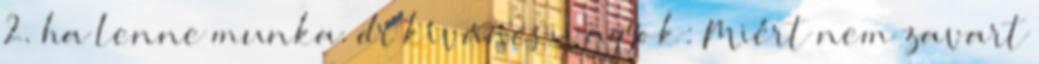
2. ha lenne munka. dr kíváncsivagyok: Miért nem zavart